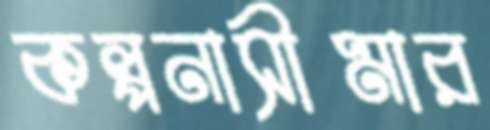
কল্পনাসীমার